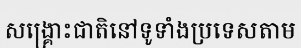
សង្គ្រោះជាតិនៅទូទាំងប្រទេសតាម